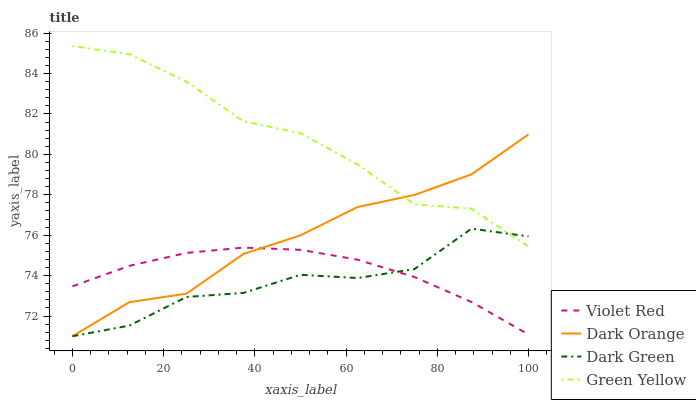
| xaxis_label | Violet Red | Dark Orange | Dark Green | Green Yellow |
 | --- | --- | --- | --- | --- |
 | 0 | 73.5 | 71 | 71 | 85.4 |
 | 12.5 | 74.5 | 72.7 | 71.5 | 85 |
 | 25 | 75.1 | 73.1 | 72.9 | 83.6 |
 | 37.5 | 75.4 | 75.1 | 73.1 | 81.6 |
 | 50 | 75.3 | 76 | 74 | 81 |
 | 62.5 | 74.8 | 77.4 | 73.9 | 79.5 |
 | 75 | 73.9 | 78 | 74.3 | 77.5 |
 | 87.5 | 72.7 | 79 | 76.3 | 77.3 |
 | 100 | 71.1 | 81 | 75.9 | 75.4 |